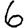
Digit: 6